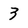
Character: 3